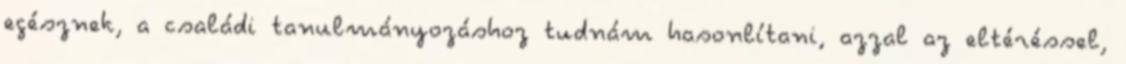
egésznek, a családi tanulmányozáshoz tudnám hasonlítani, azzal az eltéréssel,